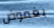
بغموض